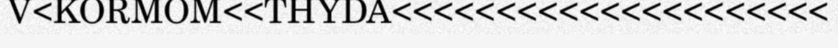
V<KORMOM<<THYDA<<<<<<<<<<<<<<<<<<<<<